Report of the Hyderabad Chloroform Commission
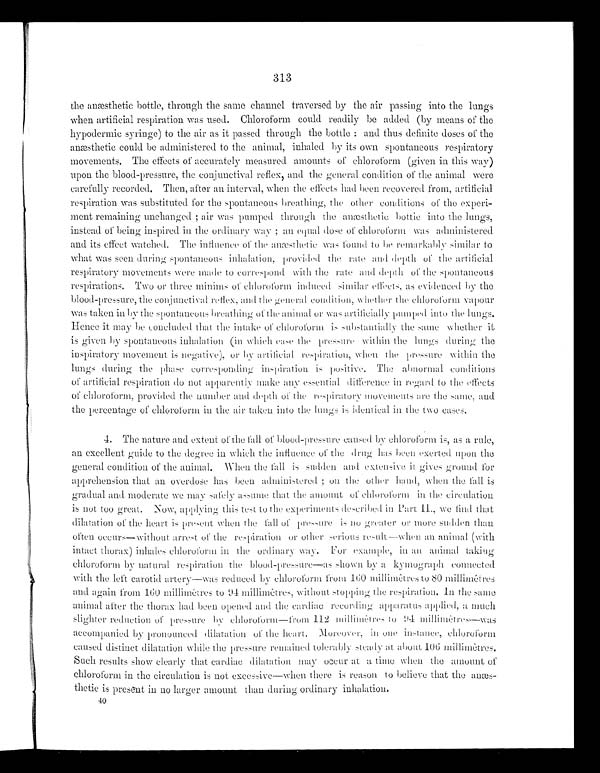
313
the anæsthetic bottle, through the same channel traversed by the air passing into the lungs
when artificial respiration was used. Chloroform could readily be added (by means of the
hypodermic syringe) to the air as it passed through the bottle: and thus definite doses of the
anæsthetic could be administered to the animal, inhaled by its own spontaneous respiratory
movements. The effects of accurately measured amounts of chloroform (given in this way)
upon the blood-pressure, the conjunctival reflex, and the general condition of the animal were
carefully recorded. Then, after an interval, when the effects had been recovered from, artificial
respiration was substituted for the spontaneous breathing, the other conditions of the experi
- m e n t r e m a i n i n g u n c h a n g e d ; a i r w a s p u m p e d t h r o u g h t h e a n æ s t h e t i c b o t t l e i n t o t h e l u n g s ,
instead of being inspired in the ordinary way; an equal dose of chloroform was administered
and its effect watched. The influence of the anæsthetic was found to be remarkably similar to
what was seen during spontaneous inhalation, provided the rate and depth of the artificial
respiratory movements were made to correspond with the rate and depth of the spontaneous
respirations. Two or three minims of chloroform induced similar effects, as evidenced by the
blood-pressure, the conjunctival reflex, and the general condition, whether the chloroform vapour
was taken in by the spontaneous breathing of the animal or was artificially pumped into the lungs.
Hence it may be concluded that the intake of chloroform is substantially the same whether it
is given by spontaneous inhalation (in which case the pressure within the lungs during the
inspiratory movement is negative), or by artificial respiration, when the pressure within the
lungs during the phase corresponding inspiration is positive. The abnormal conditions
of artificial respiration do not apparently make any essential difference in regard to the effects
of chloroform, provided the number and depth of the respiratory movements are the same, and
the percentage of chloroform in the air taken into the lungs is identical in the two cases.
4. The nature and extent of the fall of blood-pressure caused by chloroform is, as a rule,
an excellent guide to the degree in which the influence of the drug has been exerted upon the
general condition of the animal. When the fall is sudden and extensive it gives ground for
a p p r e h e n s i o n t h a t a n o v e r d o s e h a s b e e n a d m i n i s t e r e d ; o n t h e o t h e r h a n d , w h e n t h e f a l l s i s g r a d u a l a n d m o d e r a t e
we many s af el y as s ume t hat t he amount of chl or of or m i n t he ci r cul at i on
is not too great. Now, applying this test to the experiments described in Part II., we find that
dilatation of the heart is present when the fall of pressure is no greater or more sudden than
often occurs—without arrest of the respiration or other serious result—when an animal (with
intact thorax) inhales chloroform in the ordinary way. For example in an animal taking
chloroform by natural respiration the blood-pressure—as shown by a kymograph connected
with the left carotid artery—was reduced by chloroform from 160 millimêtres to 80 millimêtres
and again from 160 millimêtres to 94 millimêtres, without stopping the respiration. In the same
animal after the thorax had been opened and the cardiac recording apparatus applied, a much
slighter reduction of pressure by chloroform—from 112 millimêtres to 94 millimêtres—was
accompanied by pronounced dilatation of the heart. Moreover, in one instance, chloroform
caused distinct dilatation while the pressure remained tolerably steady at about 1
0 6 m i l l i m ê t r e s . S u c h r e s u l t s s h o w c l e a r l y t h a t c a r d i a c d i l a t a t i o n m a y o c c u r a t a t i m e w h e n t h e a m o u n t o f
chloroform in the circulation is not excessive—when there is reason to believe that the anæs
-thetic is present in no larger amount than during ordinary inhalation.
40